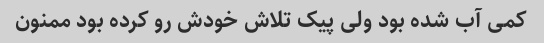
کمی آب شده بود ولی پیک تلاش خودش رو کرده بود ممنون